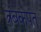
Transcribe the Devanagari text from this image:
त्रंबकपंत